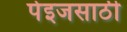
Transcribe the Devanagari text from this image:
पेइजसाठी